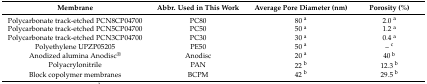
<table><thead><tr><td><b>Membrane</b></td><td><b>Abbr. Used in This Work</b></td><td><b>Average Pore Diameter (nm)</b></td><td><b>Porosity (%)</b></td></tr></thead><tbody><tr><td>Polycarbonate track-etched PCN8CP04700</td><td>PC80</td><td>80 <sup>a</sup></td><td>2.0 <sup>a</sup></td></tr><tr><td>Polycarbonate track-etched PCN5CP04700</td><td>PC50</td><td>50 <sup>a</sup></td><td>1.2 <sup>a</sup></td></tr><tr><td>Polycarbonate track-etched PCN3CP04700</td><td>PC30</td><td>30 <sup>a</sup></td><td>0.4 <sup>a</sup></td></tr><tr><td>Polyethylene UPZP05205</td><td>PE50</td><td>50 <sup>a</sup></td><td>– <sup>c</sup></td></tr><tr><td>Anodized alumina Anodisc<sup>®</sup></td><td>Anodisc</td><td>20 <sup>a</sup></td><td>40 <sup>b</sup></td></tr><tr><td>Polyacrylonitrile</td><td>PAN</td><td>22 <sup>b</sup></td><td>12.3 <sup>b</sup></td></tr><tr><td>Block copolymer membranes</td><td>BCPM</td><td>42 <sup>b</sup></td><td>29.5 <sup>b</sup></td></tr></tbody></table>